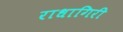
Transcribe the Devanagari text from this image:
राधागिरी